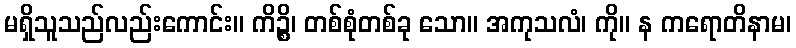
မရှိသူသည်လည်းကောင်း။ ကိဉ္စိ၊ တစ်စုံတစ်ခု သော။ အကုသလံ၊ ကို။ န ကရောတိနာမ၊